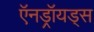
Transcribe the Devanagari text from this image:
ऍनड्रॉयड्स